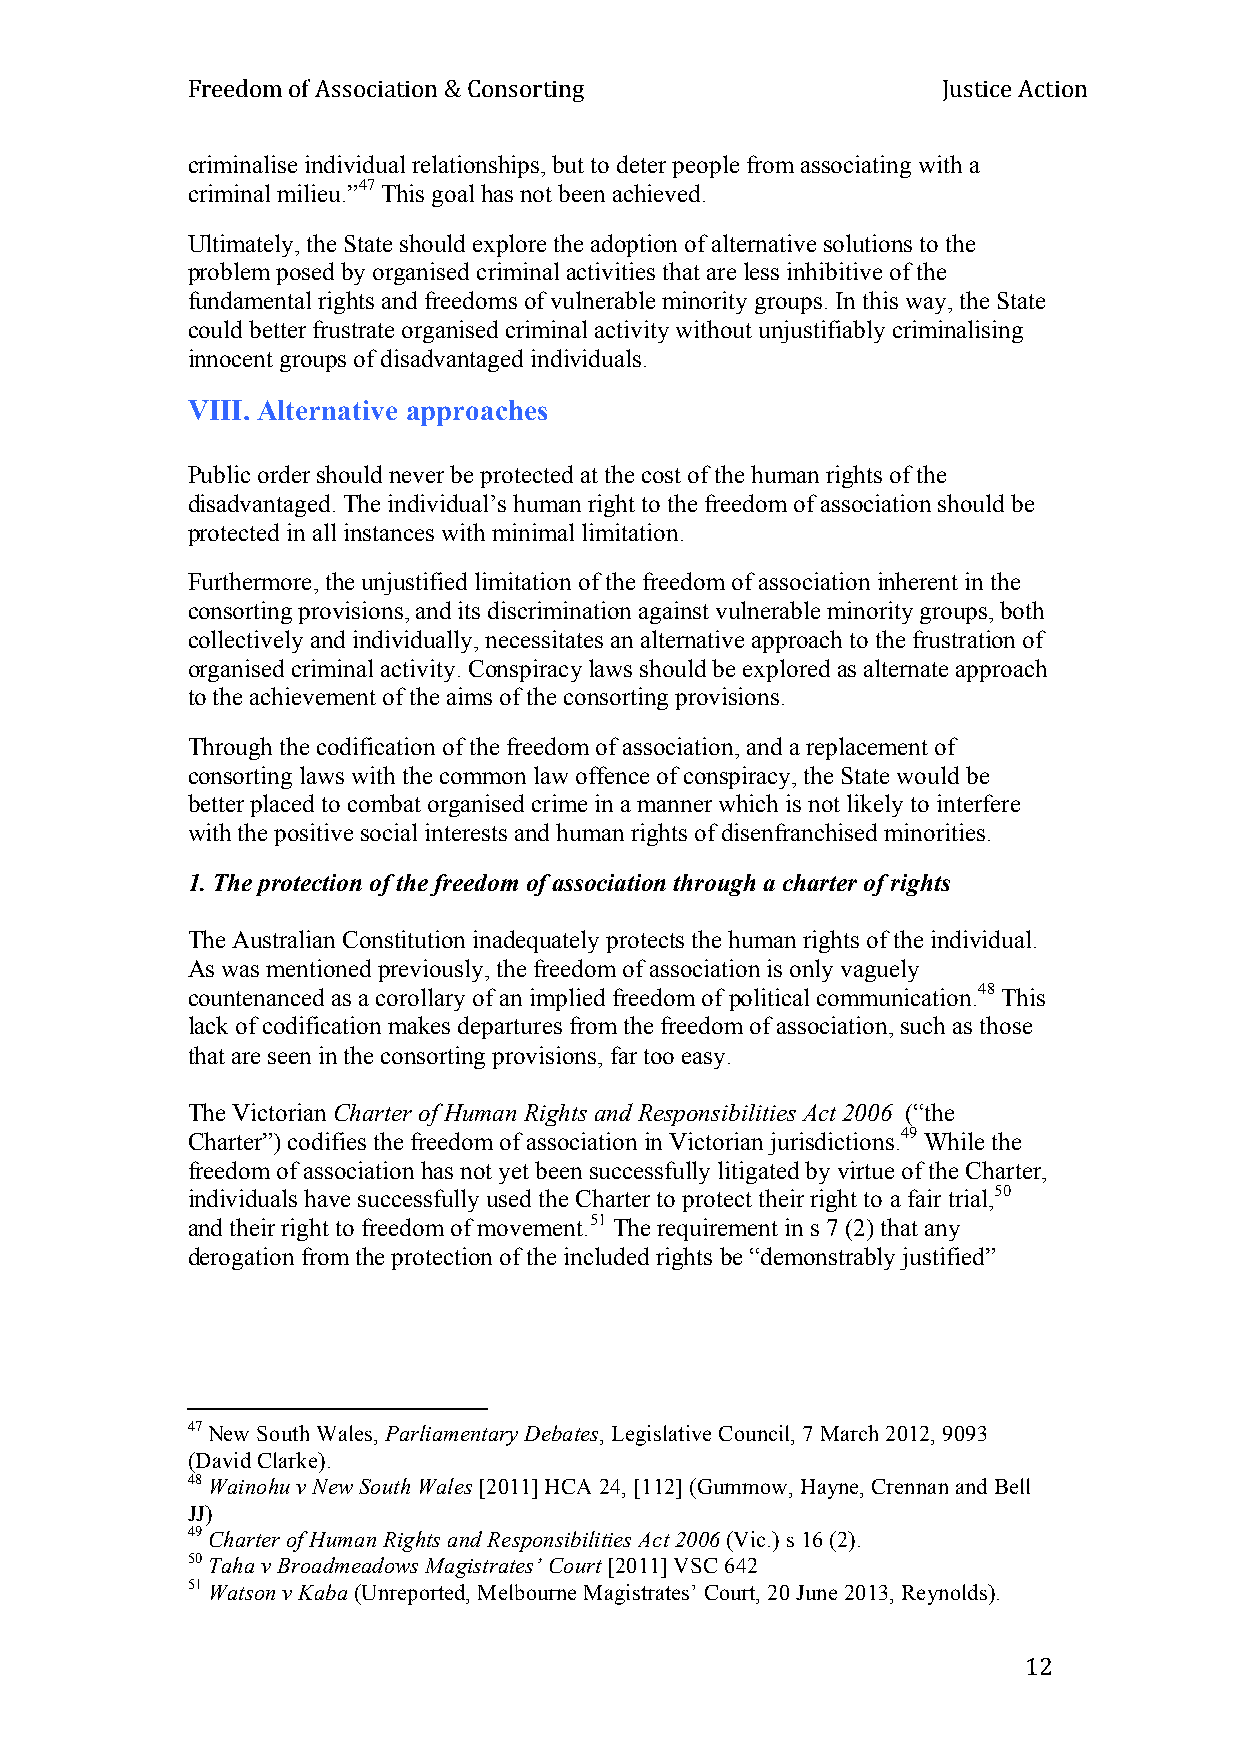
Freedom of Association & Consorting               Justice Action
 criminalise individual relationships, but to deter people from associating with a
 criminal milieu.”47 This goal has not been achieved.
 Ultimately, the State should explore the adoption of alternative solutions to the
 problem posed by organised criminal activities that are less inhibitive of the
 fundamental rights and freedoms of vulnerable minority groups. In this way, the State
 could better frustrate organised criminal activity without unjustifiably criminalising
 innocent groups of disadvantaged individuals.
 VIII. Alternative approaches
 Public order should never be protected at the cost of the human rights of the
 disadvantaged. The individual’s human right to the freedom of association should be
 protected in all instances with minimal limitation.
 Furthermore, the unjustified limitation of the freedom of association inherent in the
 consorting provisions, and its discrimination against vulnerable minority groups, both
 collectively and individually, necessitates an alternative approach to the frustration of
 organised criminal activity. Conspiracy laws should be explored as alternate approach
 to the achievement of the aims of the consorting provisions.
 Through the codification of the freedom of association, and a replacement of
 consorting laws with the common law offence of conspiracy, the State would be
 better placed to combat organised crime in a manner which is not likely to interfere
 with the positive social interests and human rights of disenfranchised minorities.
 1. The protection of the freedom of association through a charter of rights
 The Australian Constitution inadequately protects the human rights of the individual.
 As was mentioned previously, the freedom of association is only vaguely
 countenanced as a corollary of an implied freedom of political communication.48 This
 lack of codification makes departures from the freedom of association, such as those
 that are seen in the consorting provisions, far too easy.
 The Victorian Charter of Human Rights and Responsibilities Act 2006 (“the
 Charter”) codifies the freedom of association in Victorian jurisdictions.49 While the
 freedom of association has not yet been successfully litigated by virtue of the Charter,
 individuals have successfully used the Charter to protect their right to a fair trial,50
 and their right to freedom of movement.51 The requirement in s 7 (2) that any
 derogation from the protection of the included rights be “demonstrably justified”
 47 New South Wales, Parliamentary Debates, Legislative Council, 7 March 2012, 9093
 (David Clarke).
 48 Wainohu v New South Wales [2011] HCA 24, [112] (Gummow, Hayne, Crennan and Bell
 JJ)
 49 Charter of Human Rights and Responsibilities Act 2006 (Vic.) s 16 (2).
 50 Taha v Broadmeadows Magistrates’ Court [2011] VSC 642
 51 Watson v Kaba (Unreported, Melbourne Magistrates’ Court, 20 June 2013, Reynolds).
 12